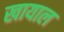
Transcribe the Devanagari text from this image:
खायाल